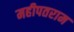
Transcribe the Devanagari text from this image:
महीपतराम